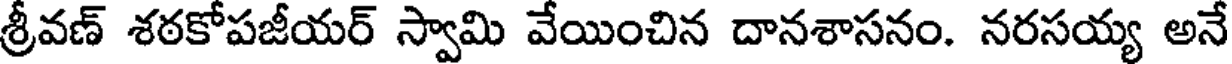
శ్రీవణ్ శఠకోపజీయర్ స్వామి వేయించిన దానశాసనం. నరసయ్య అనే